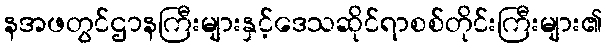
နအဖတွင်ဌာနကြီးများနှင့်ဒေသဆိုင်ရာစစ်တိုင်းကြီးများ၏